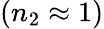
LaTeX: (n_{2}\approx 1)